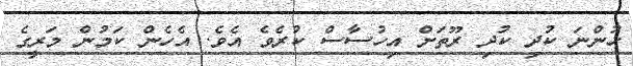
ހުންނަ ކުދި ކުދި ރޫތަށް އިހުސާސް ކުރެވެ އެވެ. އެހެން ކަމުން މަރީގެ